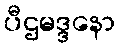
ပီဌမဒ္ဒနော